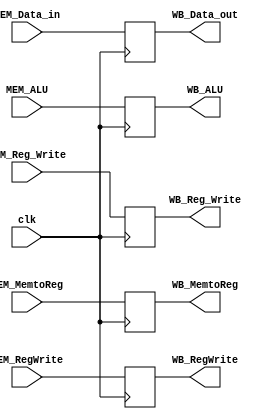
module MEM_WB (clk, 
    MEM_MemtoReg, MEM_RegWrite, 
    MEM_Data_in, MEM_ALU, MEM_Reg_Write,
    WB_MemtoReg, WB_RegWrite, 
    WB_Data_out, WB_ALU, WB_Reg_Write);
    
    input clk;

    input MEM_MemtoReg;
    input MEM_RegWrite;

    input [31:0] MEM_Data_in;
    input [31:0] MEM_ALU;
    input [4:0]  MEM_Reg_Write;

    output reg WB_MemtoReg;
    output reg WB_RegWrite;

    output reg [31:0] WB_Data_out;
    output reg [31:0] WB_ALU;
    output reg [4:0]  WB_Reg_Write;

    always @(posedge clk) begin
        WB_MemtoReg   <= MEM_MemtoReg;
        WB_RegWrite   <= MEM_RegWrite;
        WB_Data_out   <= MEM_Data_in;
        WB_ALU   <= MEM_ALU;
        WB_Reg_Write  <= MEM_Reg_Write;
    end

    // initial
    //     begin
    //       $display("mem_wb");
    //     end
endmodule //MEM_WB